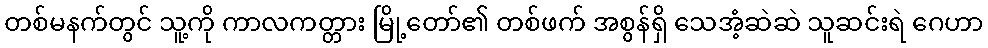
တစ်မနက်တွင် သူ့ကို ကာလကတ္တား မြို့တော်၏ တစ်ဖက် အစွန်ရှိ သေအံ့ဆဲဆဲ သူဆင်းရဲ ဂေဟာ